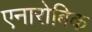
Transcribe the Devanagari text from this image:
एनारोबिक